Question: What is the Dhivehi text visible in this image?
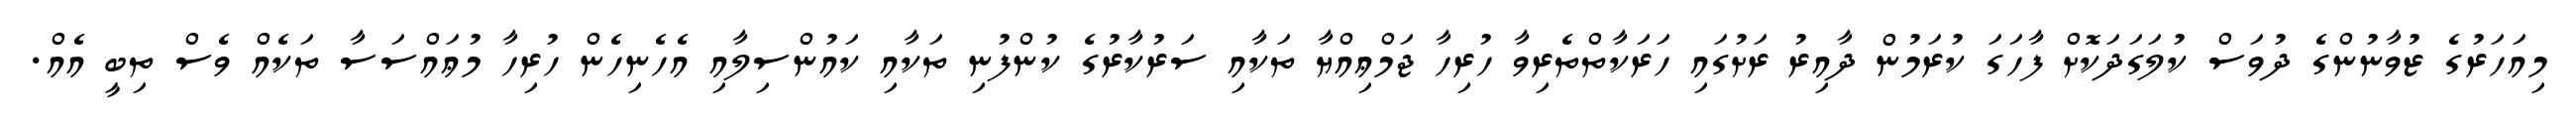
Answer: މިއަހަރުގެ ޒުވާނުންގެ ދުވަސް ކުލަގަދަކޮށް ފާހަގަ ކުރަމުން ދާއިރު ރަށުގައި ހަރަކާތްތެރިވާ ހުރިހާ ޖަމްޢިއްޔާ ތަކާއި ސަރުކާރުގެ ކުންފުނި ތަކާއި ކައުންސިލާއި އެހެނިހެން ހުރިހާ މުޢައްސަސާ ތަކެއް ވެސް ތިބީ އެއް.